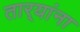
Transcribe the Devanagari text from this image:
तार्‍यांना